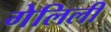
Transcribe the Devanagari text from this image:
गेलिली